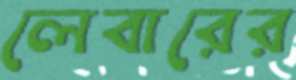
লেবারের